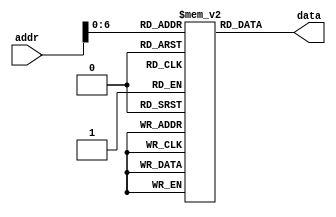
// part of the IF stage
// data is assigned when addr changes which is the addr is the value of the pc
// the intial block was there to intially assign values to the RAM inwhich there is 128 32bits of RAM

module instructionMemory(addr, data);
    input[31:0] addr;
    output reg [31:0] data;
    
    reg [31:0]RAM[0:127];
    
    initial
        begin
        RAM[0] = 32'hA00000AA;
        RAM[4] = 32'h10000011;
        RAM[8] = 32'h20000022;
        RAM[12] = 32'h30000033;
        RAM[16] = 32'h40000044;
        RAM[20] = 32'h50000055;
        RAM[24] = 32'h60000066;
        RAM[28] = 32'h70000077;
        RAM[32] = 32'h80000088;
        RAM[36] = 32'h90000099;
        end
        
    always@ (*)
    begin
        data = RAM[addr];
    end

endmodule